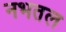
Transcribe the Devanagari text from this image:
नभतल